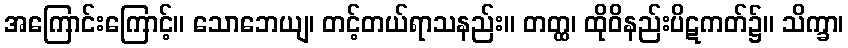
အကြောင်းကြောင့်။ သောဘေယျ၊ တင့်တယ်ရာသနည်း။ တတ္ထ၊ ထိုဝိနည်းပိဋကတ်၌။ သိက္ခာ၊